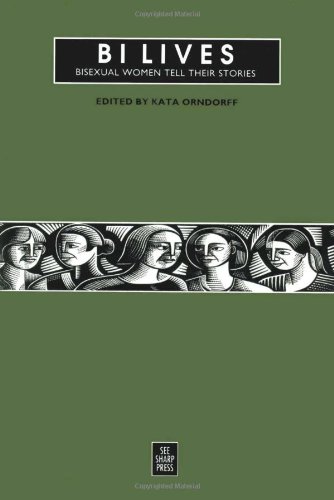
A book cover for Bi Lives: Bisexual Women Tell Their Stories; Gay & Lesbian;